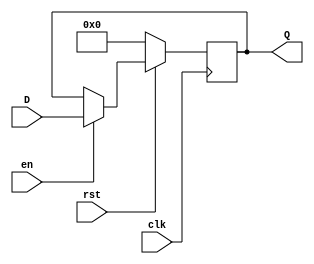
module reg_Nbits #(
parameter     N = 8
)
(
//Input
input		clk,
input           rst,
input           en,
input   [N-1:0] D,
//Output
output reg [N-1:0] Q 
);

always@(posedge clk)
begin
  if(!rst)
    Q <= {N{1'b0}};
  else 
    if (en)
    Q <= D;
end

endmodule